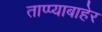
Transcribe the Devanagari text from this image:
ताप्प्याबाहेर